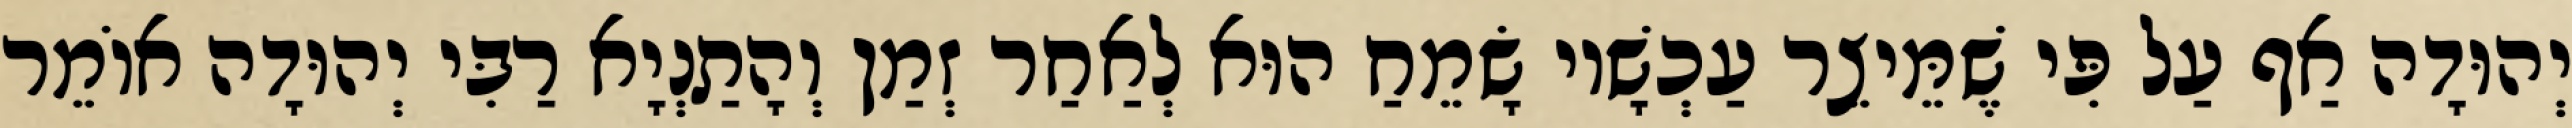
יְהוּדָה אַף עַל פִּי שֶׁמֵּיצֵר עַכְשָׁיו שָׂמֵחַ הוּא לְאַחַר זְמַן וְהָתַנְיָא רַבִּי יְהוּדָה אוֹמֵר